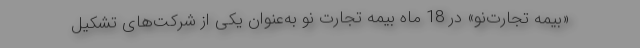
«بیمه تجارت‌نو» در 18 ماه بیمه تجارت نو به‌عنوان یکی از شرکت‌های تشکیل